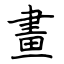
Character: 畫